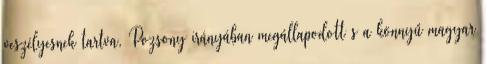
veszélyesnek tartva, Pozsony irányában megállapodott s a könnyű magyar